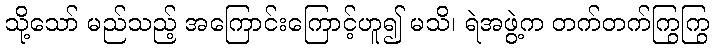
သို့သော် မည်သည့် အကြောင်းကြောင့်ဟူ၍ မသိ၊ ရဲအဖွဲ့က တက်တက်ကြွကြွ